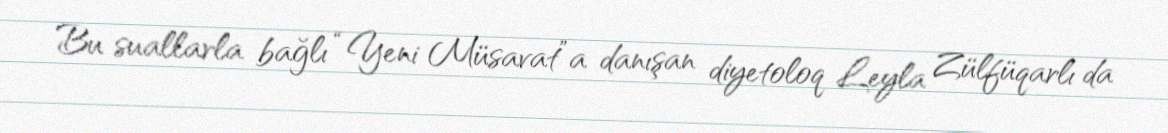
Bu suallarla bağlı “Yeni Müsavat”a danışan diyetoloq Leyla Zülfüqarlı da